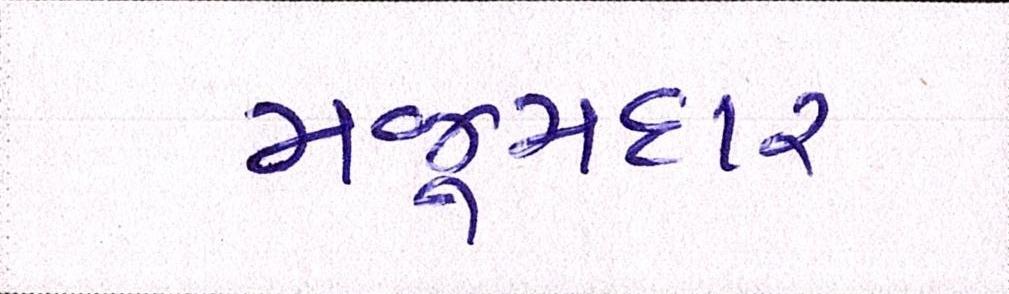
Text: મજૂમદાર